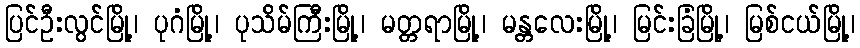
ပြင်ဦးလွင်မြို့၊ ပုဂံမြို့၊ ပုသိမ်ကြီးမြို့၊ မတ္တရာမြို့၊ မန္တလေးမြို့၊ မြင်းခြံမြို့၊ မြစ်ငယ်မြို့၊